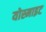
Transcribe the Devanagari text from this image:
योस्माइट